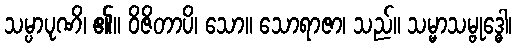
သမ္ပာပုဏိ၊ ၏။ ဝိဇိတာပိ၊ သော။ သောရာဇာ၊ သည်။ သမ္မာသမ္ဗုဒ္ဓေါ၊